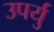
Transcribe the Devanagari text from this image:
उपर्यु